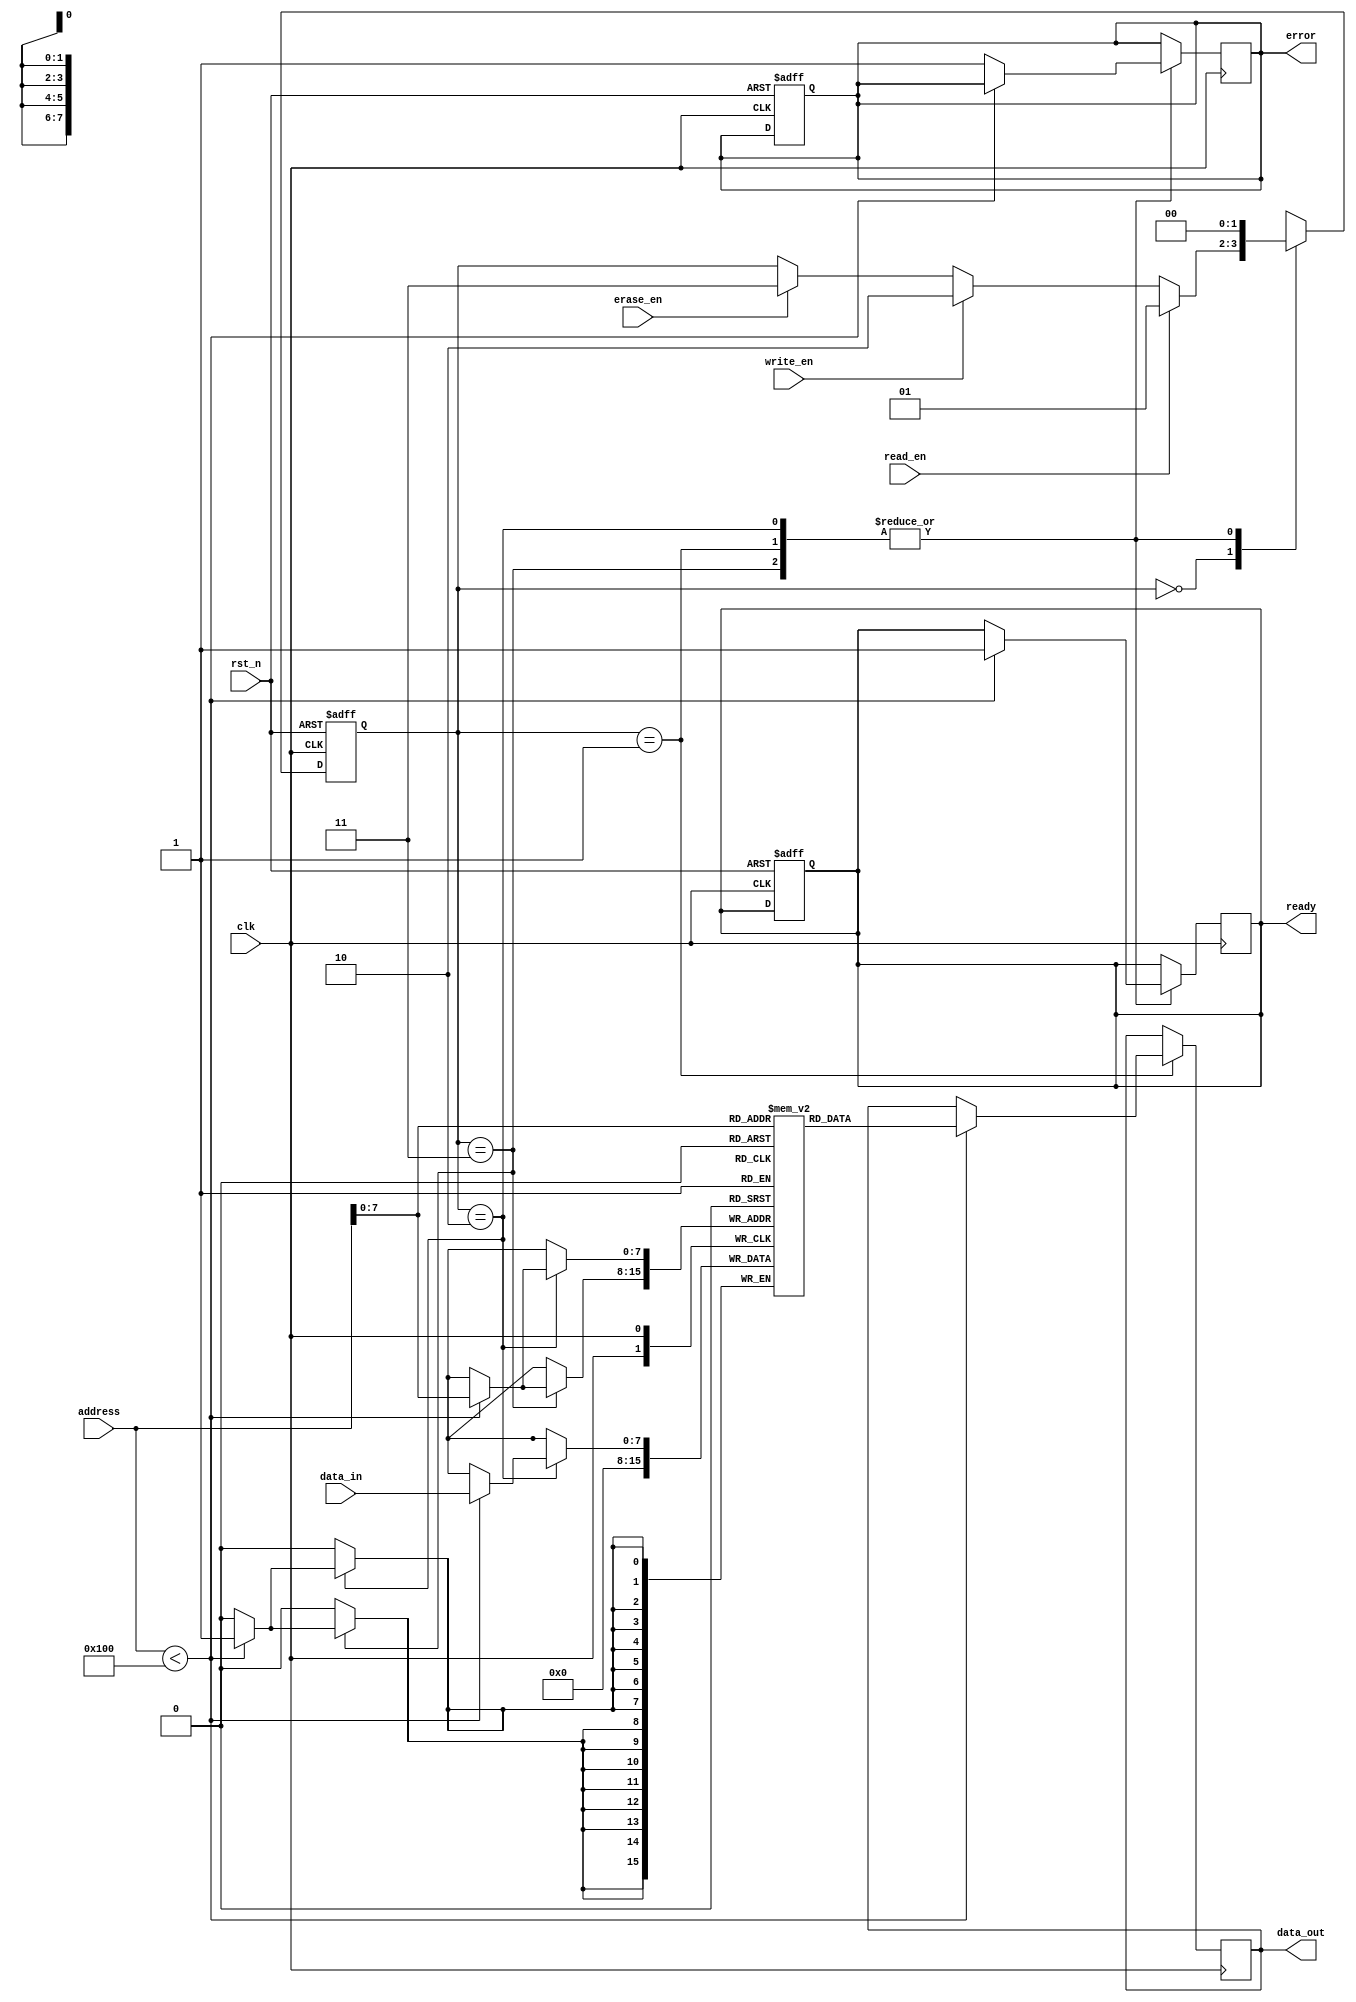
module io_blocks_embedded_flash (
    input wire clk,
    input wire rst_n,
    input wire [7:0] data_in,
    input wire [15:0] address,
    input wire read_en,
    input wire write_en,
    input wire erase_en,
    output reg [7:0] data_out,
    output reg ready,
    output reg error
);

    // Parameters
    parameter MEMORY_SIZE = 256; // Size of the flash memory
    parameter PAGE_SIZE = 16;     // Size of each page
    parameter IDLE = 2'b00;
    parameter READ = 2'b01;
    parameter WRITE = 2'b10;
    parameter ERASE = 2'b11;

    // Memory array
    reg [7:0] memory [0:MEMORY_SIZE-1];
    reg [1:0] state, next_state;
    
    // Internal signals
    reg [15:0] current_address;
    reg [7:0] buffer;

    // State machine
    always @(posedge clk or negedge rst_n) begin
        if (!rst_n) begin
            state <= IDLE;
            ready <= 1;
            error <= 0;
        end else begin
            state <= next_state;
        end
    end

    // Next state logic
    always @(*) begin
        next_state = state;
        case (state)
            IDLE: begin
                if (read_en) begin
                    next_state = READ;
                end else if (write_en) begin
                    next_state = WRITE;
                end else if (erase_en) begin
                    next_state = ERASE;
                end
            end
            READ: begin
                next_state = IDLE;
            end
            WRITE: begin
                next_state = IDLE;
            end
            ERASE: begin
                next_state = IDLE;
            end
        endcase
    end

    // Memory operations
    always @(posedge clk) begin
        case (state)
            READ: begin
                if (address < MEMORY_SIZE) begin
                    data_out <= memory[address];
                    ready <= 1;
                end else begin
                    error <= 1; // Address out of range
                end
            end
            WRITE: begin
                if (address < MEMORY_SIZE) begin
                    memory[address] <= data_in;
                    ready <= 1;
                end else begin
                    error <= 1; // Address out of range
                end
            end
            ERASE: begin
                if (address < MEMORY_SIZE) begin
                    memory[address] <= 8'b0; // Erase the memory cell
                    ready <= 1;
                end else begin
                    error <= 1; // Address out of range
                end
            end
        endcase
    end

endmodule